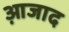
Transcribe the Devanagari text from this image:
आ़जाद